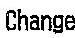
CHANGE